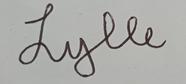
Signature authenticity: genuine